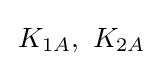
\,K_{1A},\ K_{2A}